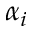
\alpha _ { i }